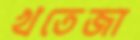
খতেজা